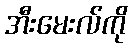
အီးမေးလ်ကို